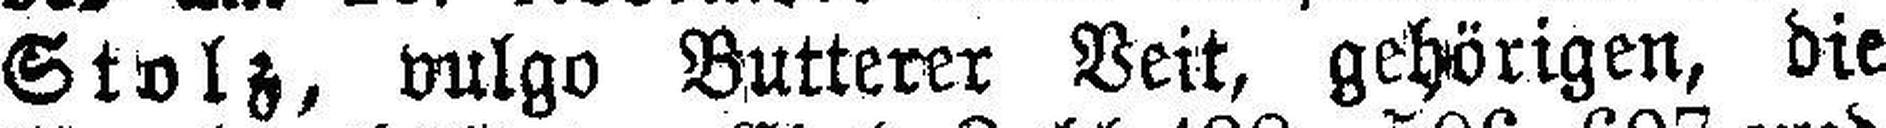
Stolz, vulgo Butterer Veit, gehörigen, die